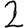
Digit: 2